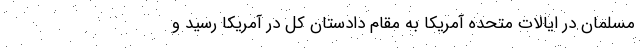
مسلمان در ایالات متحده آمریکا به مقام دادستان کل در آمریکا رسید و